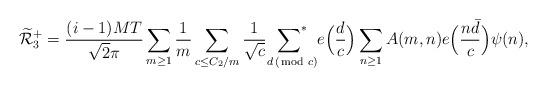
LaTeX: \begin{align*}\widetilde{\mathcal{R}}_3^+=\frac{(i-1) MT}{\sqrt{2} \pi}\sum_{m\geq 1}\frac1m\sum_{c\leq C_2/m}\frac1{\sqrt c}{\mathop{\sum\nolimits^*}\limits_{d\,(\!\!\!\!\!\mod c)}}e\Big(\frac dc\Big)\sum_{n\geq1}A(m,n)e\Big(\frac{n\bar d}c\Big)\psi(n),\end{align*}